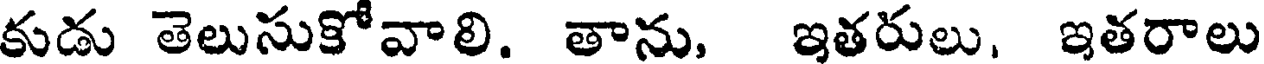
కుడు తెలుసుకోవాలి. తాను, ఇతరులు, ఇతరాలు